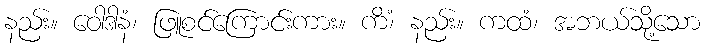
နည်း။ ဝေါဒါနံ၊ ဖြူစင်ကြောင်းကား။ ကိံ၊ နည်း။ ကထံ၊ အဘယ်သို့သော